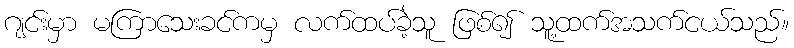
ဂျင်းမှာ မကြာသေးခင်ကမှ လက်ထပ်ခဲ့သူ ဖြစ်၍ သူ့ထက်အသက်ငယ်သည်။